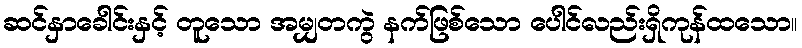
ဆင်နှာခေါင်းနှင့် တူသော အမျှတကွဲ နက်ဖြစ်သော ပေါင်လည်းရှိကုန်ထသော။